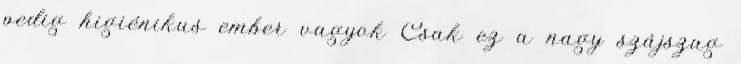
pedig higiénikus ember vagyok Csak ez a nagy szájszag